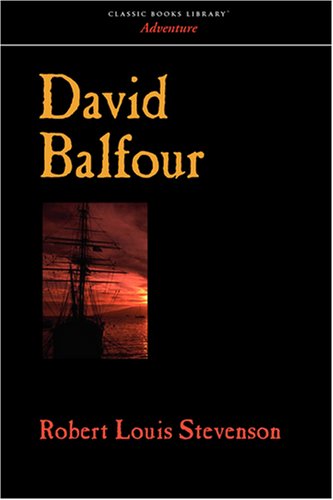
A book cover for David Balfour; Robert Louis Stevenson; Teen & Young Adult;